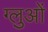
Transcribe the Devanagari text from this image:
ग्लुओं